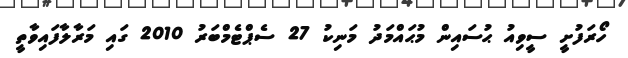
ހޯރަފުށީ ސީވިއު ޙުސައިން މުޙައްމަދު މަނިކު 27 ސެޕްޓެމްބަރު 2010 ގައި މަރާލާފައިވާތީ